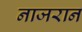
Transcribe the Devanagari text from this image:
नाजरान